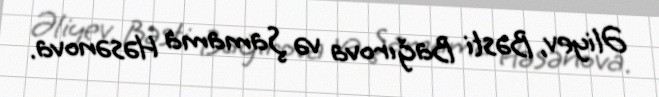
Əliyev, Bəsti Bağırova və Şamama Həsənova.